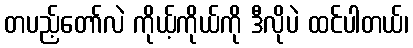
တပည့်တော်လဲ ကိုယ့်ကိုယ်ကို ဒီလိုပဲ ထင်ပါတယ်၊